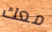
معك